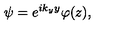
\psi = e ^ { i k _ { y } y } \varphi ( z ) ,